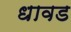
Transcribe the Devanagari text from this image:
धावड